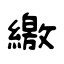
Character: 繳